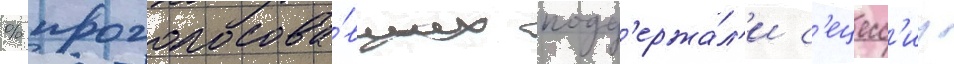
% проголосова́вших подд'ержа́л'и с'ецесс'иу